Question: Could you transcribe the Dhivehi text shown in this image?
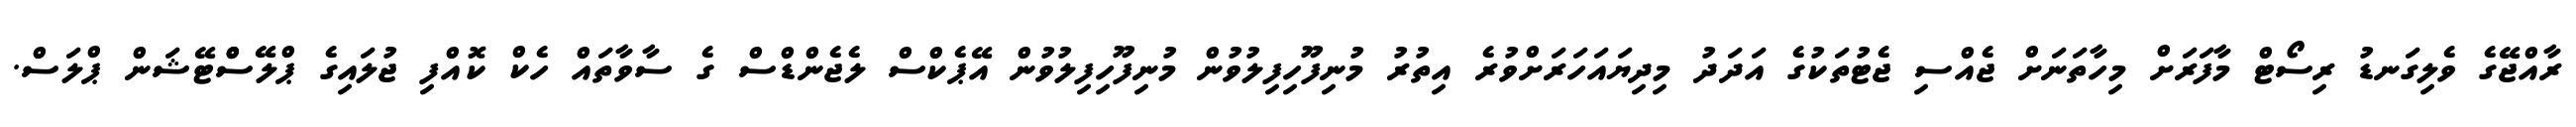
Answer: ރާއްޖޭގެ ވެލިގަނޑު ރިސޯޓް މާފަރަށް މިހާތަނަށް ޖެއްސި ޖެޓުތަކުގެ އަދަދު މިދިޔައަހަރަށްވުރެ އިތުރު މުނިފޫހިފިލުވުން މުނިފޫހިފިލުވުން އޭޕެކްސް ލެޖެންޑްސް ގެ ސާވާތައް ހެކް ކޮއްފި ޖުލައިގެ ޕްލޭސްްޓޭޝަން ޕްލަސް.